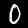
Label: 0